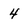
Character: 4